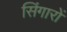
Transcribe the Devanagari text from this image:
सिंगारों